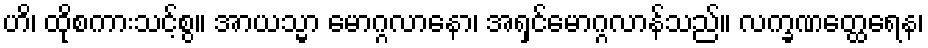
ဟိ၊ ထိုစကားသင့်စွ။ အာယသ္မာ မောဂ္ဂလာနော၊ အရှင်မောဂ္ဂလာန်သည်။ လက္ခဏတ္ထေရေန၊